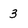
Character: 3